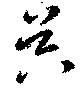
昃